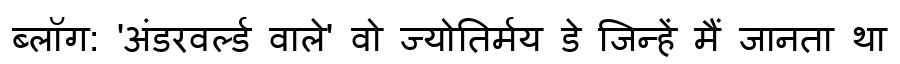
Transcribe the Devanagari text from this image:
ब्लॉग: 'अंडरवर्ल्ड वाले' वो ज्योतिर्मय डे जिन्हें मैं जानता था